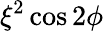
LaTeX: \xi^{2}\cos 2\phi